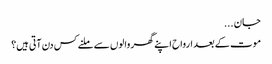
جان ...
موت کے بعد ارواح اپنے گھر والوں سے ملنے کس دن آتی ہیں؟